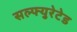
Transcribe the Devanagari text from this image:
सल्फ्युरेटेड